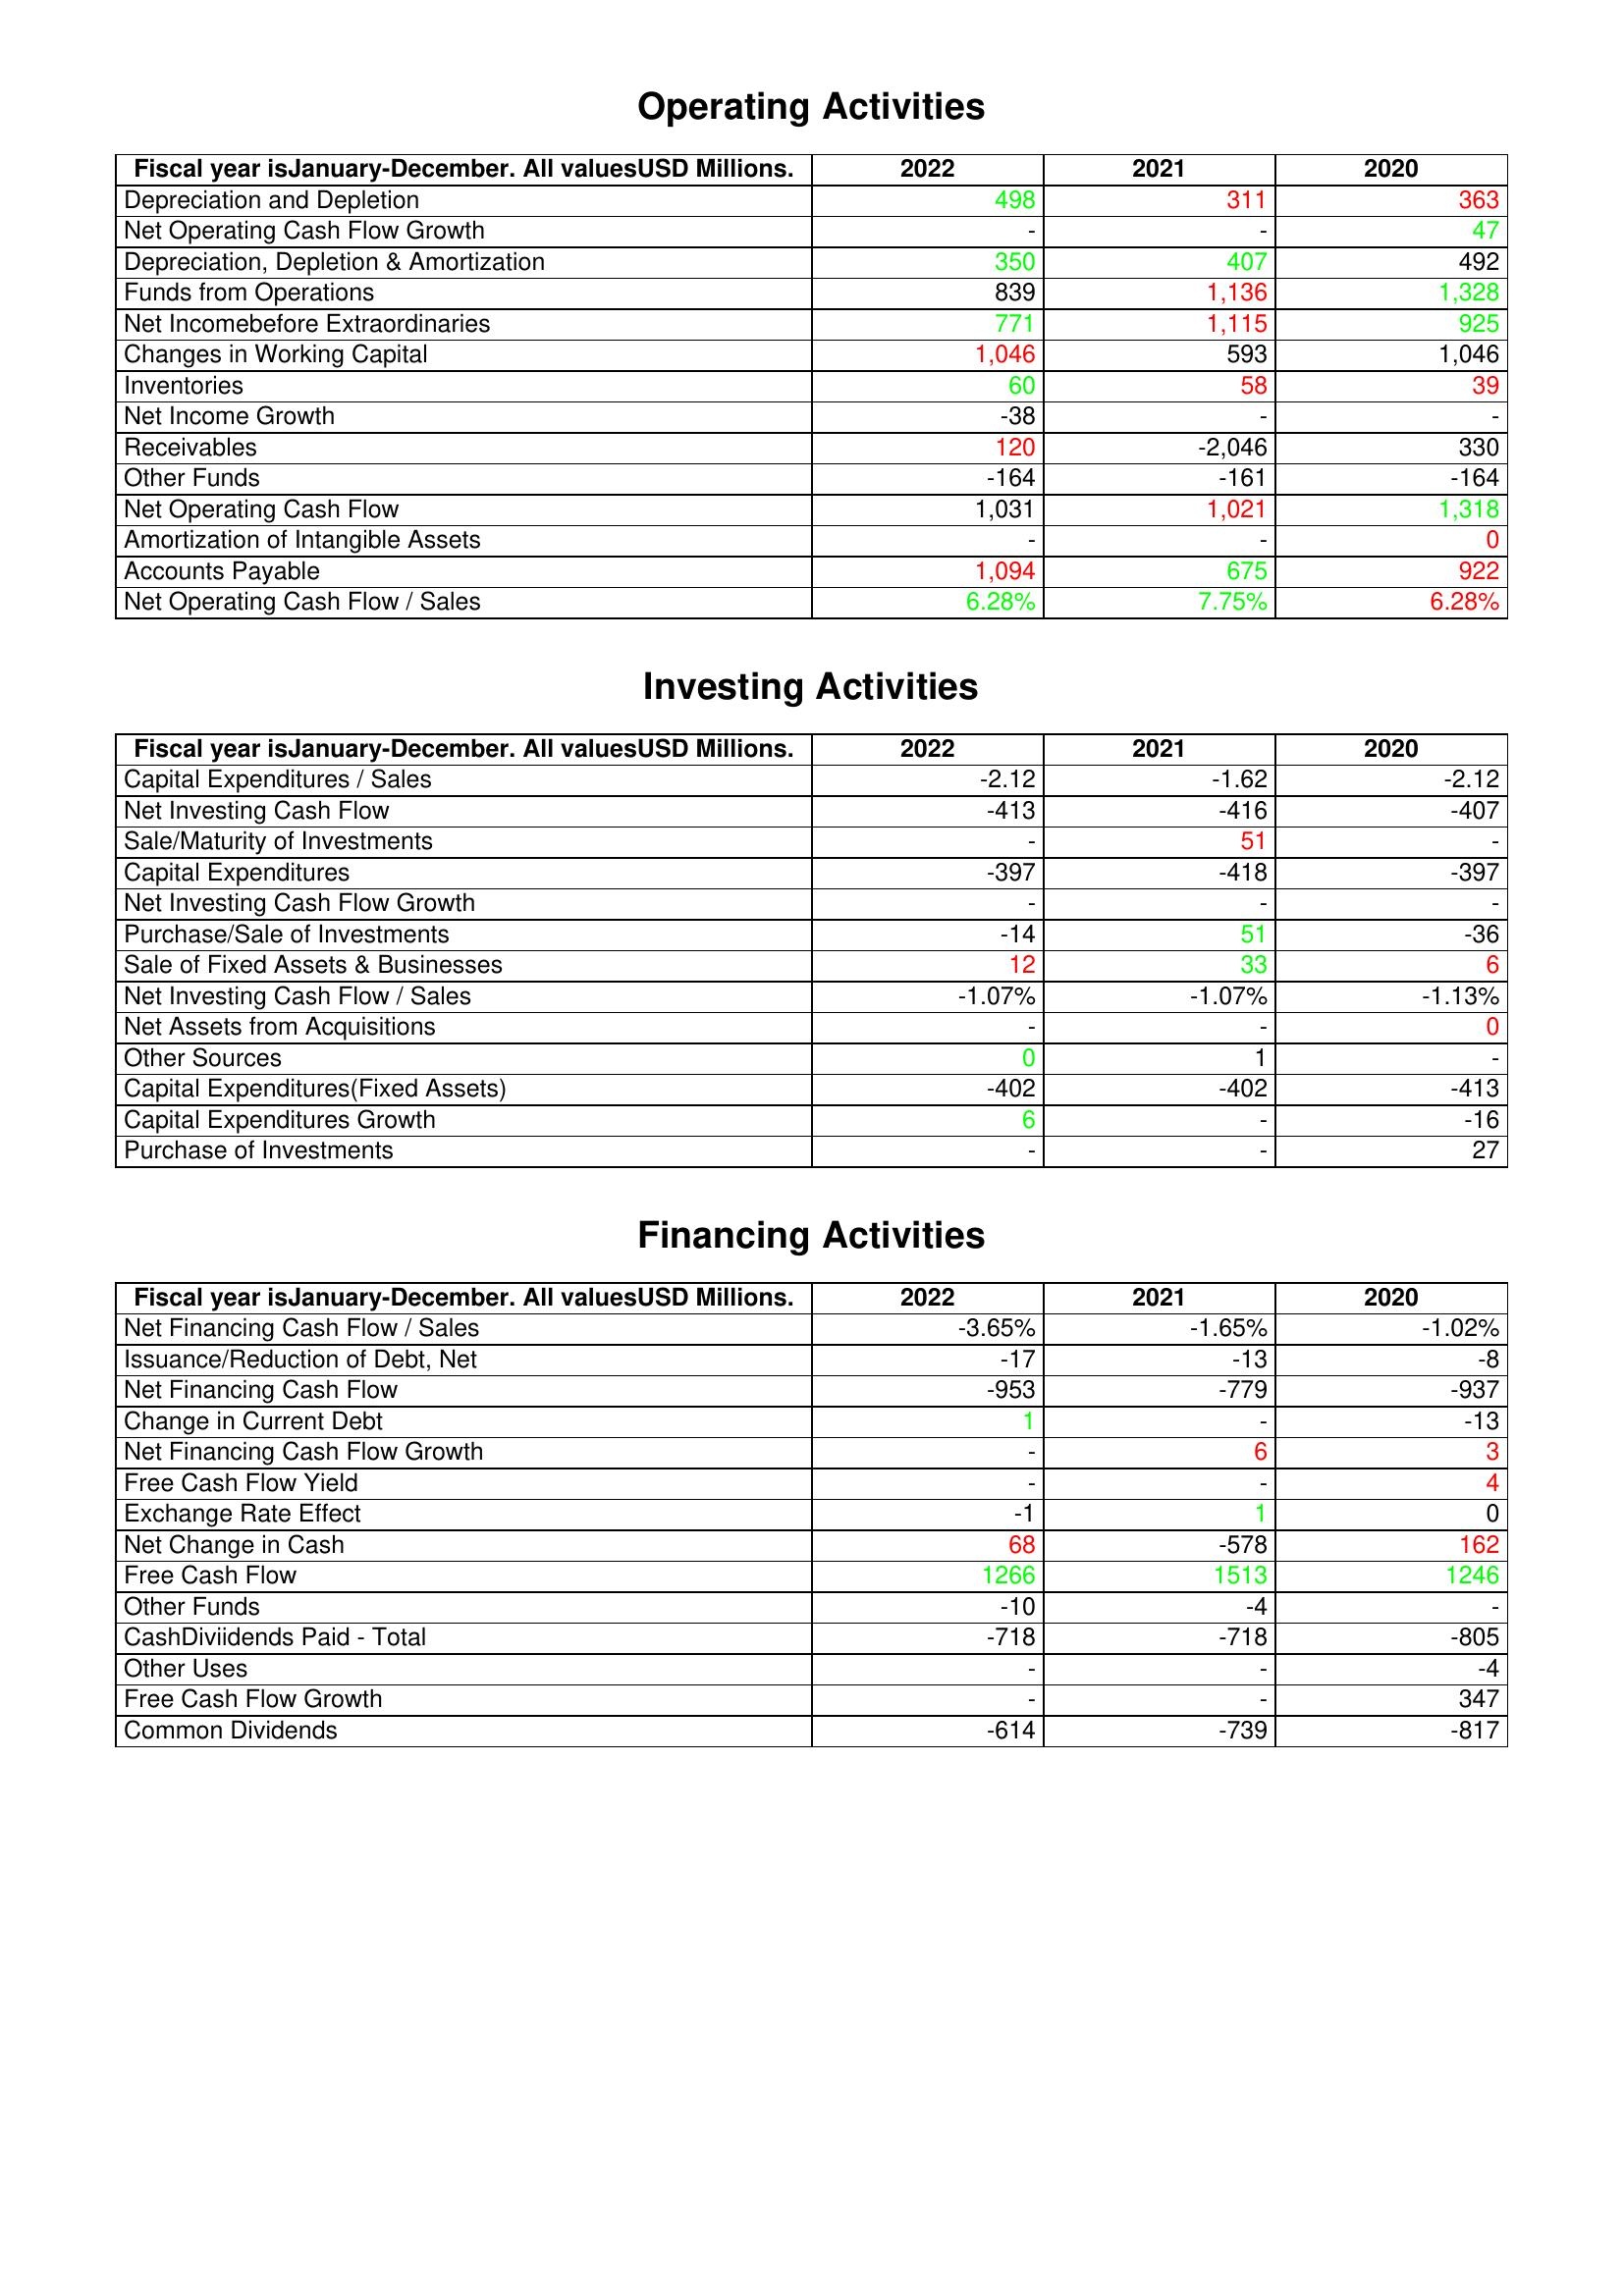
gt_parse: 2022: Operating Activities: Depreciation and Depletion: 498
Net Operating Cash Flow Growth: -
Depreciation, Depletion & Amortization: 350
Funds from Operations: 839
Net Incomebefore Extraordinaries: 771
Changes in Working Capital: 1,046
Inventories: 60
Net Income Growth: -38
Receivables: 120
Other Funds: -164
Net Operating Cash Flow: 1,031
Amortization of Intangible Assets: -
Accounts Payable: 1,094
Net Operating Cash Flow / Sales: 6.28%
Investing Activities: Capital Expenditures / Sales: -2.12
Net Investing Cash Flow: -413
Sale/Maturity of Investments: -
Capital Expenditures: -397
Net Investing Cash Flow Growth: -
Purchase/Sale of Investments: -14
Sale of Fixed Assets & Businesses: 12
Net Investing Cash Flow / Sales: -1.07%
Net Assets from Acquisitions: -
Other Sources: 0
Capital Expenditures(Fixed Assets): -402
Capital Expenditures Growth: 6
Purchase of Investments: -
Financing Activities: Net Financing Cash Flow / Sales: -3.65%
Issuance/Reduction of Debt, Net: -17
Net Financing Cash Flow: -953
Change in Current Debt: 1
Net Financing Cash Flow Growth: -
Free Cash Flow Yield: -
Exchange Rate Effect: -1
Net Change in Cash: 68
Free Cash Flow: 1266
Other Funds: -10
CashDiviidends Paid - Total: -718
Other Uses: -
Free Cash Flow Growth: -
Common Dividends: -614
2021: Operating Activities: Depreciation and Depletion: 311
Net Operating Cash Flow Growth: -
Depreciation, Depletion & Amortization: 407
Funds from Operations: 1,136
Net Incomebefore Extraordinaries: 1,115
Changes in Working Capital: 593
Inventories: 58
Net Income Growth: -
Receivables: -2,046
Other Funds: -161
Net Operating Cash Flow: 1,021
Amortization of Intangible Assets: -
Accounts Payable: 675
Net Operating Cash Flow / Sales: 7.75%
Investing Activities: Capital Expenditures / Sales: -1.62
Net Investing Cash Flow: -416
Sale/Maturity of Investments: 51
Capital Expenditures: -418
Net Investing Cash Flow Growth: -
Purchase/Sale of Investments: 51
Sale of Fixed Assets & Businesses: 33
Net Investing Cash Flow / Sales: -1.07%
Net Assets from Acquisitions: -
Other Sources: 1
Capital Expenditures(Fixed Assets): -402
Capital Expenditures Growth: -
Purchase of Investments: -
Financing Activities: Net Financing Cash Flow / Sales: -1.65%
Issuance/Reduction of Debt, Net: -13
Net Financing Cash Flow: -779
Change in Current Debt: -
Net Financing Cash Flow Growth: 6
Free Cash Flow Yield: -
Exchange Rate Effect: 1
Net Change in Cash: -578
Free Cash Flow: 1513
Other Funds: -4
CashDiviidends Paid - Total: -718
Other Uses: -
Free Cash Flow Growth: -
Common Dividends: -739
2020: Operating Activities: Depreciation and Depletion: 363
Net Operating Cash Flow Growth: 47
Depreciation, Depletion & Amortization: 492
Funds from Operations: 1,328
Net Incomebefore Extraordinaries: 925
Changes in Working Capital: 1,046
Inventories: 39
Net Income Growth: -
Receivables: 330
Other Funds: -164
Net Operating Cash Flow: 1,318
Amortization of Intangible Assets: 0
Accounts Payable: 922
Net Operating Cash Flow / Sales: 6.28%
Investing Activities: Capital Expenditures / Sales: -2.12
Net Investing Cash Flow: -407
Sale/Maturity of Investments: -
Capital Expenditures: -397
Net Investing Cash Flow Growth: -
Purchase/Sale of Investments: -36
Sale of Fixed Assets & Businesses: 6
Net Investing Cash Flow / Sales: -1.13%
Net Assets from Acquisitions: 0
Other Sources: -
Capital Expenditures(Fixed Assets): -413
Capital Expenditures Growth: -16
Purchase of Investments: 27
Financing Activities: Net Financing Cash Flow / Sales: -1.02%
Issuance/Reduction of Debt, Net: -8
Net Financing Cash Flow: -937
Change in Current Debt: -13
Net Financing Cash Flow Growth: 3
Free Cash Flow Yield: 4
Exchange Rate Effect: 0
Net Change in Cash: 162
Free Cash Flow: 1246
Other Funds: -
CashDiviidends Paid - Total: -805
Other Uses: -4
Free Cash Flow Growth: 347
Common Dividends: -817